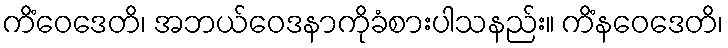
ကိံဝေဒေတိ၊ အဘယ်ဝေဒနာကိုခံစားပါသနည်း။ ကိံနဝေဒေတိ၊